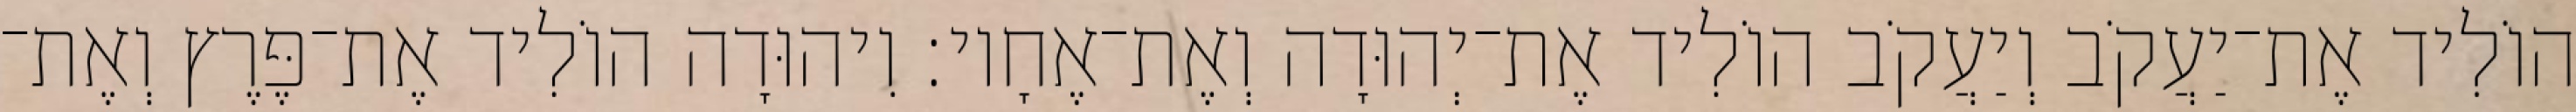
הוֹלִיד אֶת־יַעֲקֹב וְיַעֲקֹב הוֹלִיד אֶת־יְהוּדָה וְאֶת־אֶחָיו׃ וִיהוּדָה הוֹלִיד אֶת־פֶּרֶץ וְאֶת־